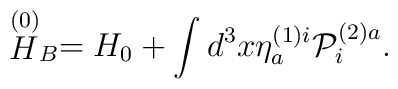
\stackrel{\left( 0\right) }{H}_{B}=H_{0}+\int d^{3}x\eta _{a}^{\left(1\right) i}{\cal P}_{i}^{\left( 2\right) a}.